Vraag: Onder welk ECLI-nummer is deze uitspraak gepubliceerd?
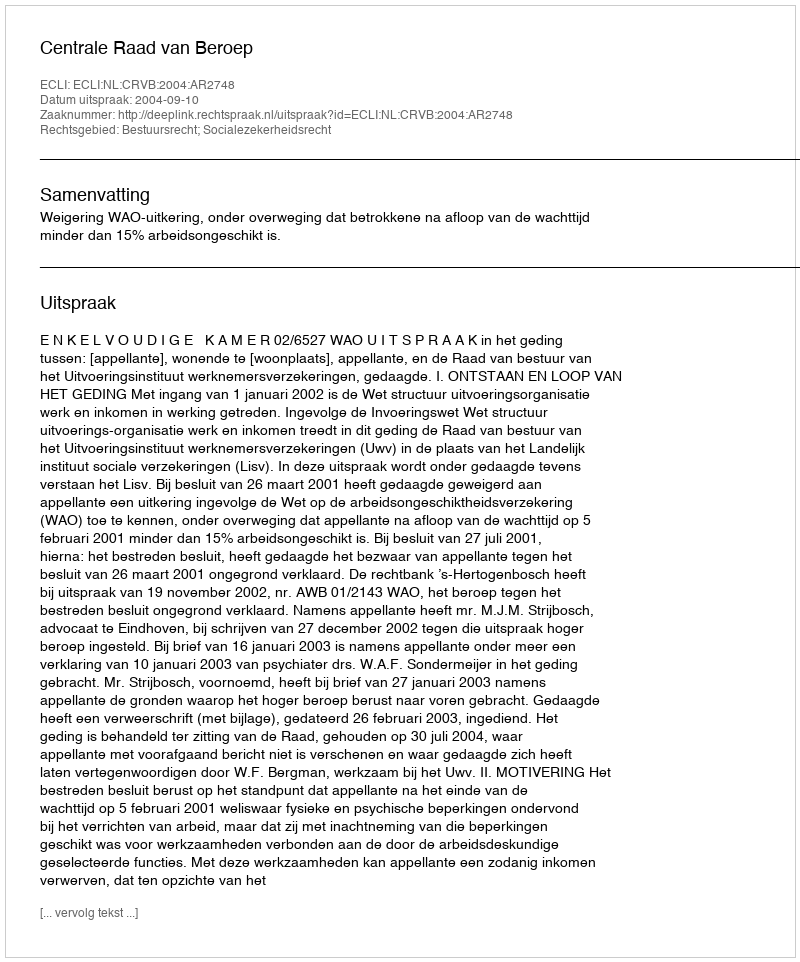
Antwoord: ECLI:NL:CRVB:2004:AR2748